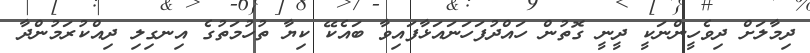
ދިމާލަށް ދިވެހީންނަކީ ދީނީ ގޮތުން ހައްދުފަހަނައަޅާފައިވާ ބައެކޭ ކިޔާ ތުހުމަތުގެ އިނގިލި ދިއްކުރަމުންދާ